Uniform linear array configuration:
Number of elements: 32
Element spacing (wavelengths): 0.5
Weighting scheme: hann
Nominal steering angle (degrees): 60
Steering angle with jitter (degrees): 58.997
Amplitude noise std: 0.05
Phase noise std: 0.05

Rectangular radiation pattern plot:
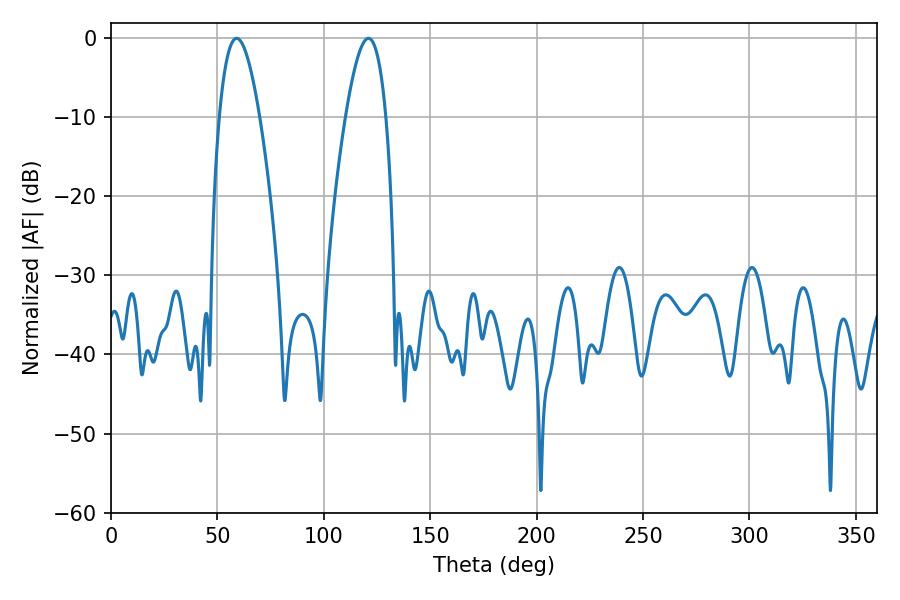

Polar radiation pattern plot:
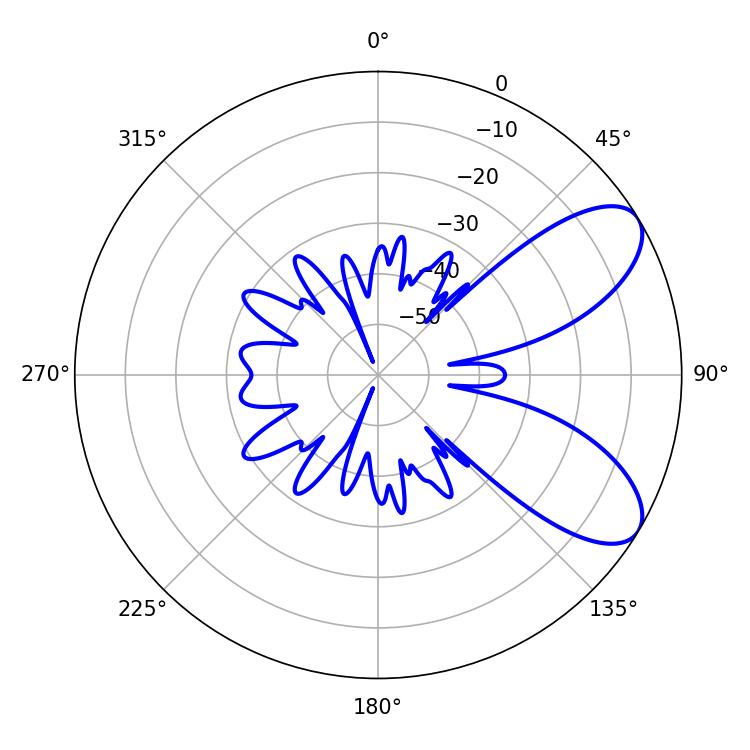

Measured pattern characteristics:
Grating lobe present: FALSE
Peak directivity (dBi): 7.752
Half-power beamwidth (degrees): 10.44
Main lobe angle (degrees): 59.04